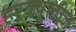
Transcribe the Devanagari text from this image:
हरक्यूलीज